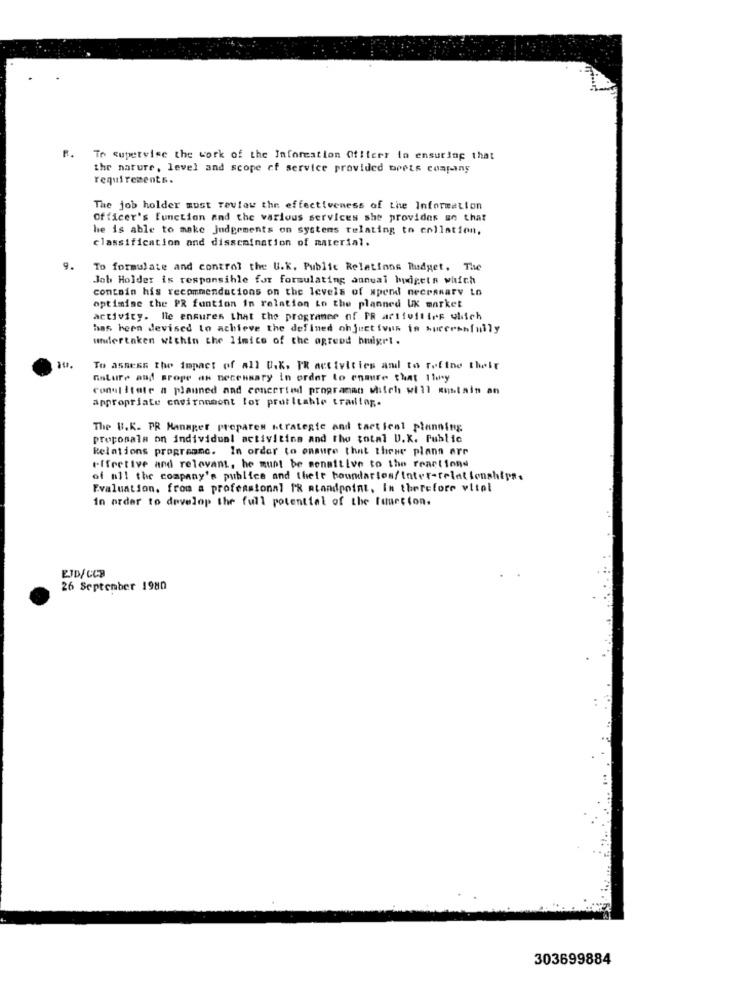
R.
To supervise the work of the Information Of!terr to ensuring that
the nature, level and scope of service provided Drets company
requirements.
The job holder must review the effectiveness of the Information
Officer's Function and the various services she provides on that
he is able to make judgements on systems relating to collation,
classification and dissemination of material.
9.
To formulate and control the U.K. Public Relations Budget, The
Job Holder is responsible for formulating annual budgets which
contoin his recommendations on the levels of spend necessary Lo
optimise the PR funtion in relation to the planned UK market
activity. lle ensures that the programer of PR activities which
has been devised to achieve the defined oh jectives is successfully
undertaken within the limice of the agreed bmigrt.
To assess the impact of all U.K. FR activities and to refine their
nature and grope as necessary in order to ensure that 1ley
conul itate a planned and concerted programan Milch will umstain an
appropriate environment for profitable trading.
The B.K. PR Manager prepares strategie and tact ical planning
proposala on individual activities and The total U.K. Public
Relations programnc. In order to ensure that these plans are
*ffretive and relevant, he must be sensitive to the reactions
of all the company's publics and their boundaries/Inter-relationships.
Evaluation. from a professional PR standpoint, In therefore vitel
in order to develop the full potential of the function.
EJD/CCB
26 September 1980
303699884